65_HS1-834228961_62-HQ-83894_Section_5
Agency: FBI
Page 60
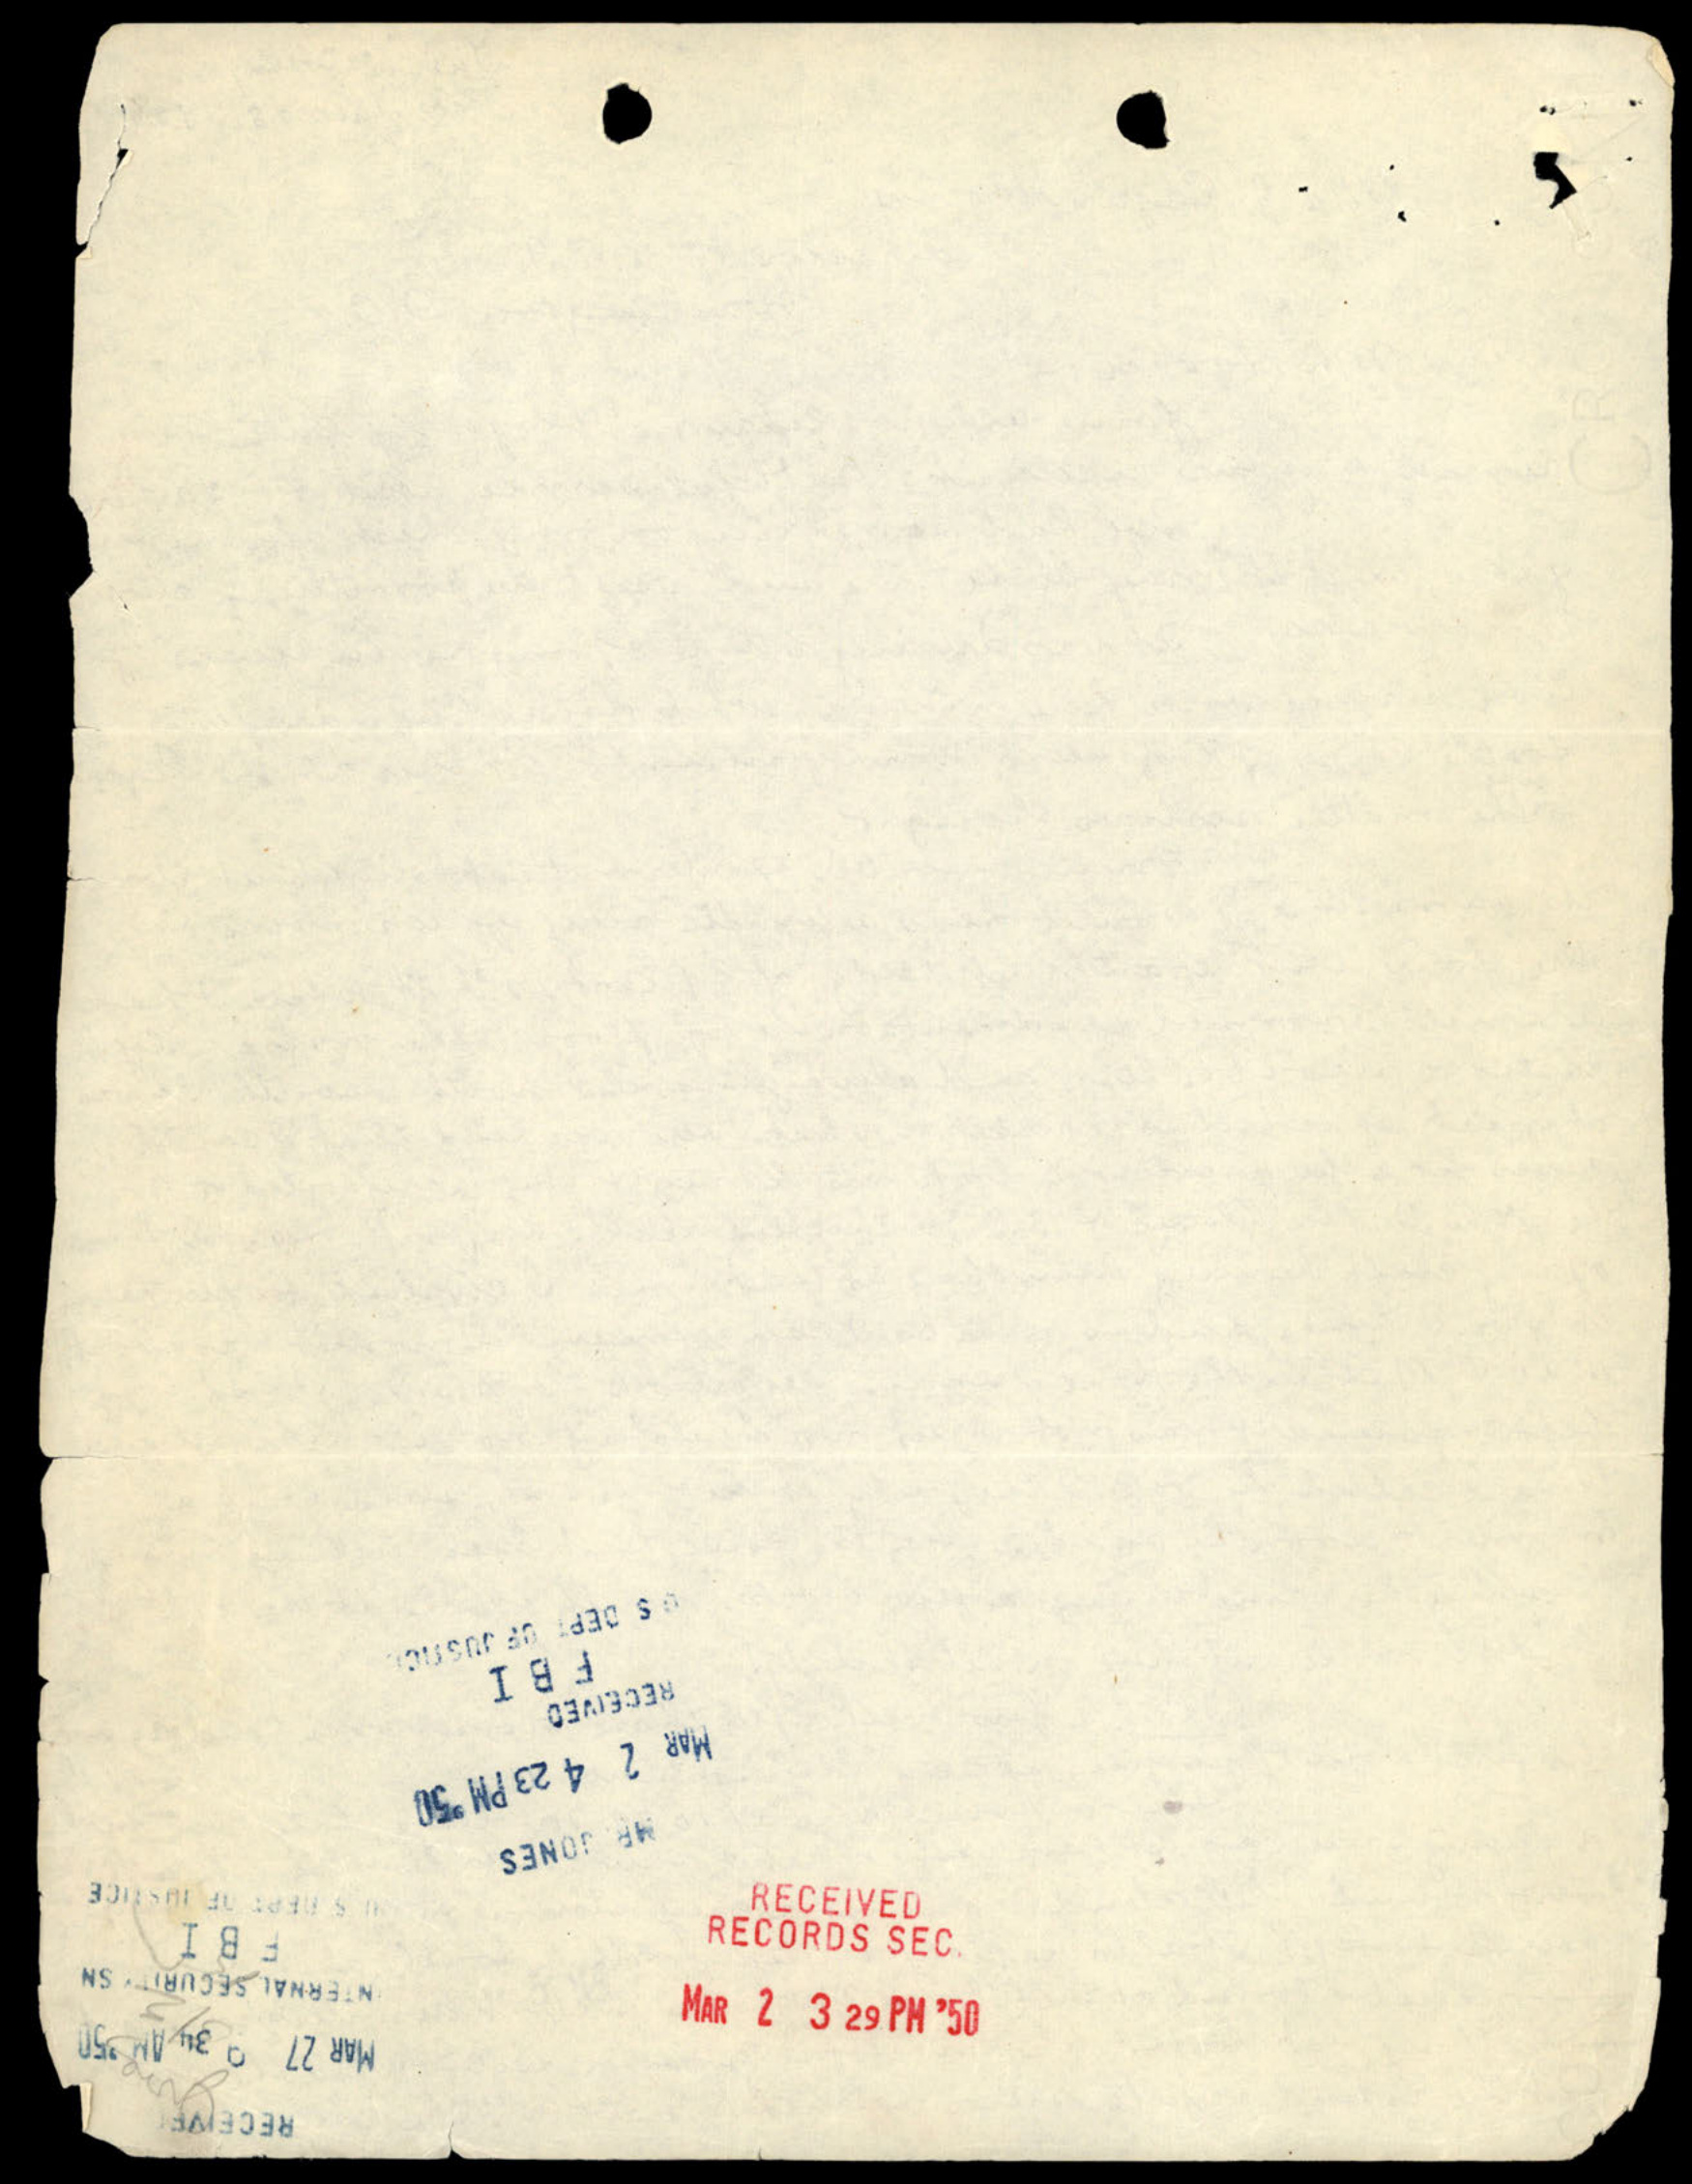